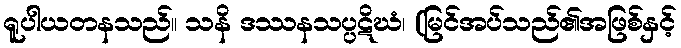
ရူပါယတနသည်။ သနိ ဒဿနသပ္ပဋိဃံ၊ (မြင်အပ်သည်၏အဖြစ်နှင့်